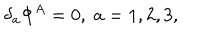
\delta _ { a } \Phi ^ { A } = 0 , \; a = 1 , 2 , 3 ,